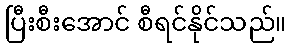
ပြီးစီးအောင် စီရင်နိုင်သည်။